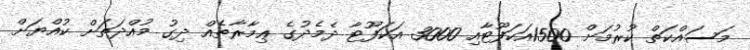
މަސައްކަތް ކުރުމަށް 1500އަކަފޫޓާއި 3000 އަކަފޫޓާ ދެމެދުގެ ޢިމާރާތެއް ދިގު މުއްދަތަށް ކުއްޔަށް